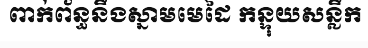
ពាក់ព័ន្ធនឹងស្នាមមេដៃ កន្ទុយសន្លឹក